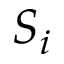
S _ { i }